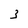
Character: 3